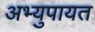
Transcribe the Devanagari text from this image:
अभ्युपायत